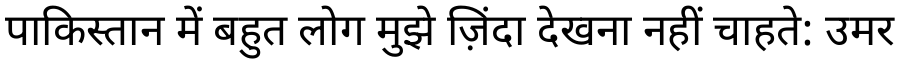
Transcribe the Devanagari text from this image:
पाकिस्तान में बहुत लोग मुझे ज़िंदा देखना नहीं चाहते: उमर